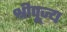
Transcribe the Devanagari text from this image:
श्रीपूज्य